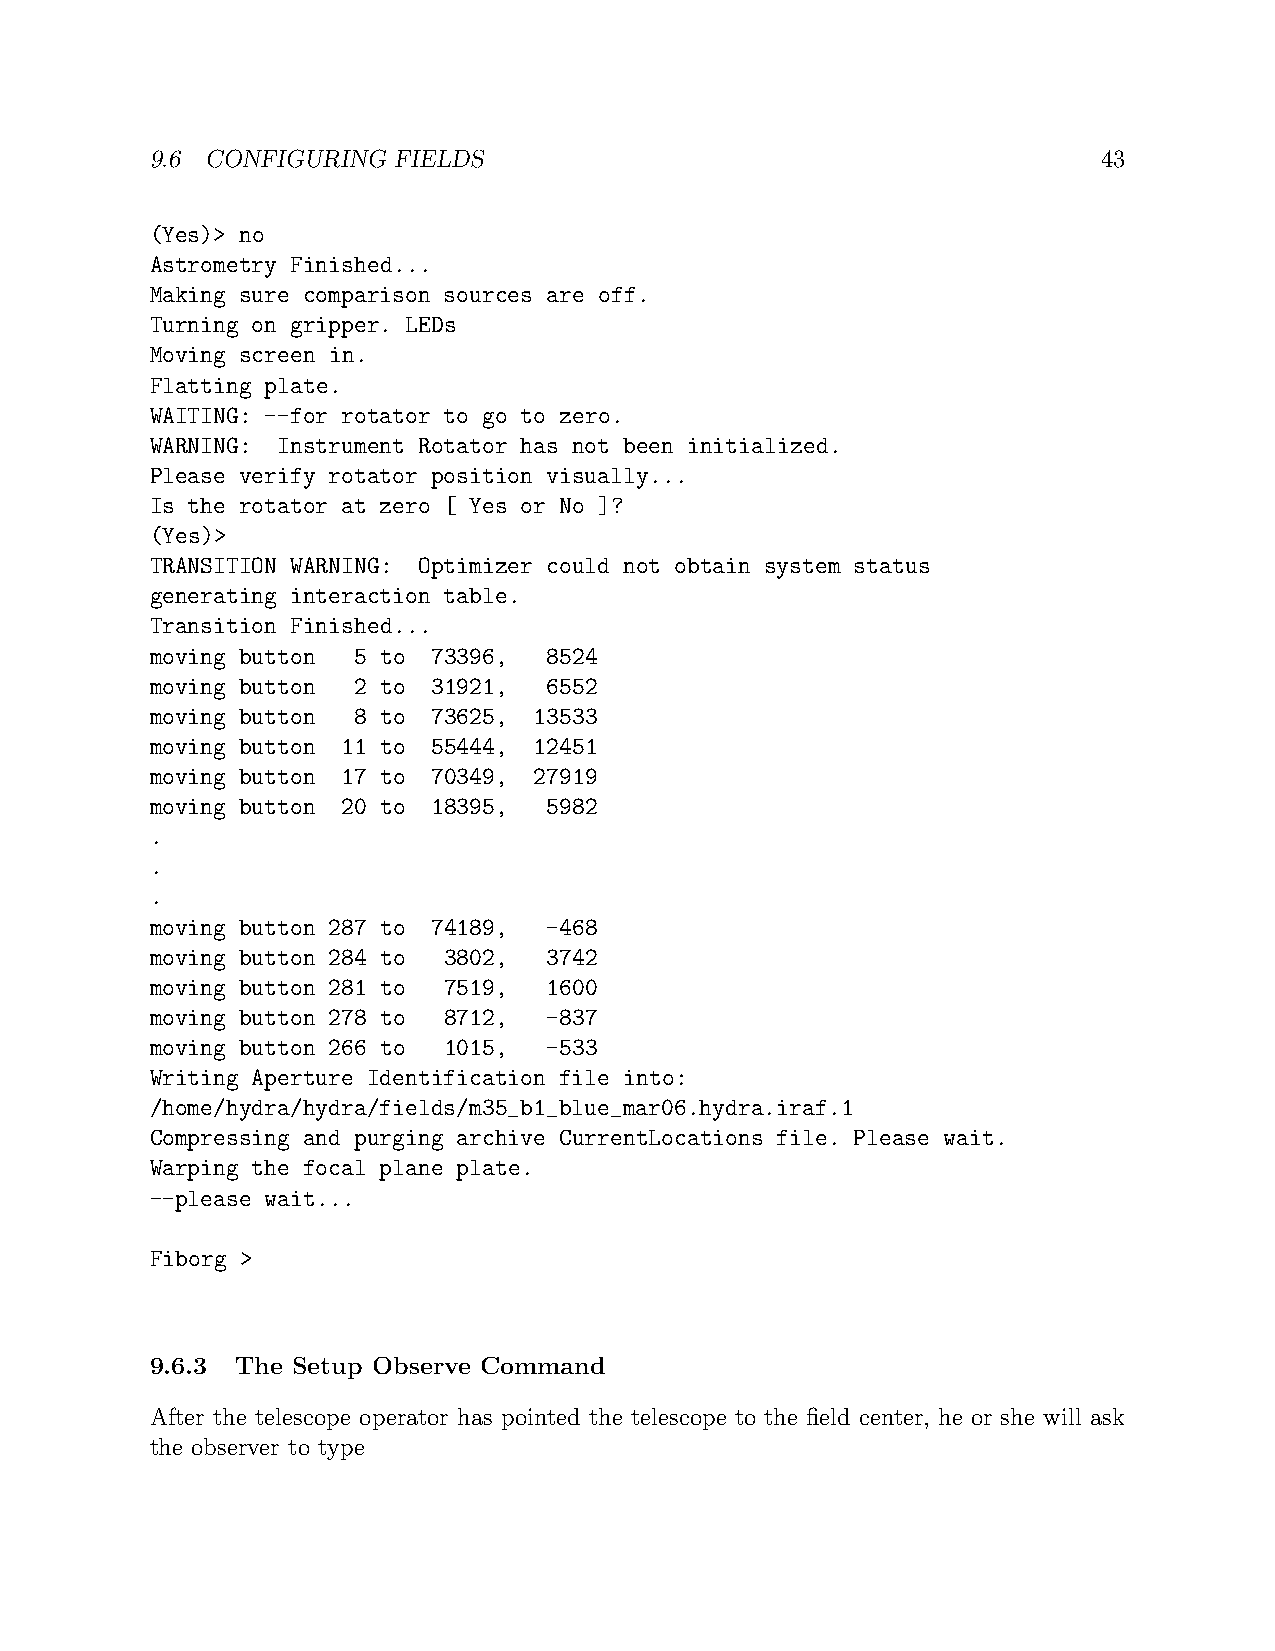
9.6 CONFIGURING FIELDS                                         43
 (Yes)> no
 Astrometry Finished...
 Making sure comparison sources are off.
 Turning on gripper. LEDs
 Moving screen in.
 Flatting plate.
 WAITING: --for rotator to go to zero.
 WARNING: Instrument Rotator has not been initialized.
 Please verify rotator position visually...
 Is the rotator at zero [ Yes or No ]?
 (Yes)>
 TRANSITION WARNING: Optimizer could not obtain system status
 generating interaction table.
 Transition Finished...
 moving button 5 to 73396, 8524
 moving button 2 to 31921, 6552
 moving button 8 to 73625, 13533
 moving button 11 to 55444, 12451
 moving button 17 to 70349, 27919
 moving button 20 to 18395, 5982
 .
 .
 .
 moving button 287 to 74189, -468
 moving button 284 to 3802, 3742
 moving button 281 to 7519, 1600
 moving button 278 to 8712, -837
 moving button 266 to 1015, -533
 Writing Aperture Identification file into:
 /home/hydra/hydra/fields/m35_b1_blue_mar06.hydra.iraf.1
 Compressing and purging archive CurrentLocations file. Please wait.
 Warping the focal plane plate.
 --please wait...
 Fiborg >
 9.6.3 The Setup Observe Command
 After the telescope operator has pointed the telescope to the field center, he or she will ask
 the observer to type